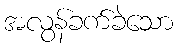
အလွန်ခက်ခဲသော